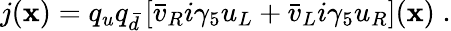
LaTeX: j(\mathbf{x})=q_{u}q_{\bar{{d}}}\left[\bar{{v}}_{R}i\gamma_{5}u_{L}+\bar{{v}}_{L}i\gamma_{5}u_{R}\right](\mathbf{x})\; .